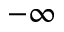
- \infty